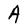
Character: A